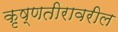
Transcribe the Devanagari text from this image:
कृष्णतीरावरील